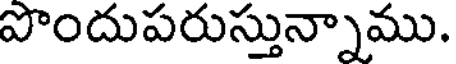
పొందుపరుస్తున్నాము.